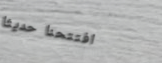
افتتحنا حديثاً